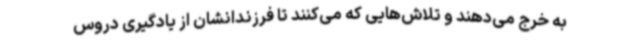
به خرج می‌دهند و تلاش‌هایی که می‌کنند تا فرزندانشان از یادگیری دروس